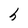
Character: h